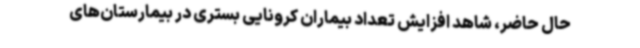
حال حاضر، شاهد افزایش تعداد بیماران کرونایی بستری در بیمارستان‌های